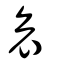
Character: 哀